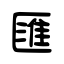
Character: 匯